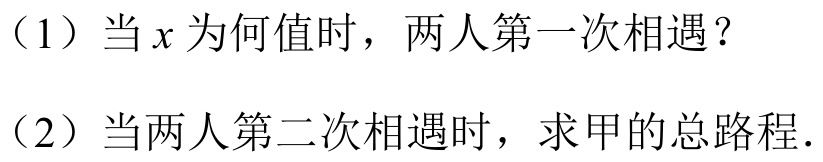
（1）当\(x\)为何值时，两人第一次相遇？
（2）当两人第二次相遇时，求甲的总路程.